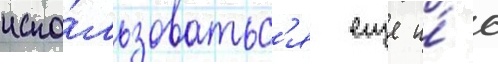
испо́льзоватьс'я еще и́ с